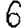
Digit: 6